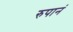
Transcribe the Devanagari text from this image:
रुपानं